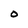
Character: 0